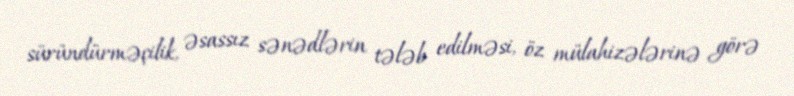
süründürməçilik, əsassız sənədlərin tələb edilməsi, öz mülahizələrinə görə